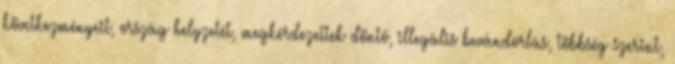
következményeit, ország helyzetét, megkérdezettek döntő, illegális bevándorlás, többség szerint,